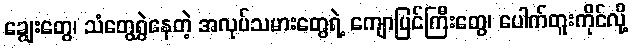
ချွေးတွေ၊ သံတွေရွှဲနေတဲ့ အလုပ်သမားတွေရဲ့ ကျောပြင်ကြီးတွေ၊ ပေါက်တူးကိုင်လို့